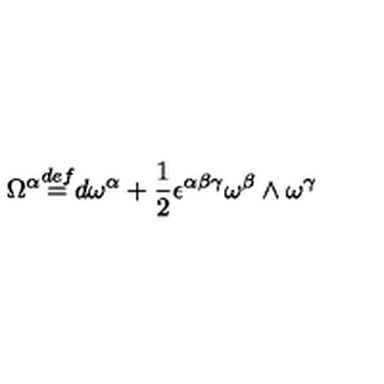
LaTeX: \Omega ^ { \alpha } { \stackrel { d e f } { = } } d \omega ^ { \alpha } + \frac { 1 } { 2 } \epsilon ^ { \alpha \beta \gamma } \omega ^ { \beta } \wedge \omega ^ { \gamma }